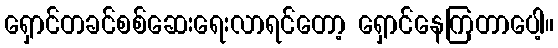
ရှောင်တခင်စစ်ဆေးရေးလာရင်တော့ ရှောင်နေကြတာပေါ့။